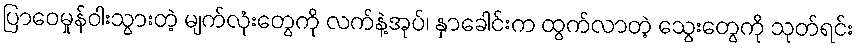
ပြာဝေမှုန်ဝါးသွားတဲ့ မျက်လုံးတွေကို လက်နဲ့အုပ်၊ နှာခေါင်းက ထွက်လာတဲ့ သွေးတွေကို သုတ်ရင်း